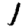
Digit: 1